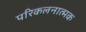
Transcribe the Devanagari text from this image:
परिकलनात्मक